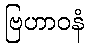
ဗြဟာဝနံ